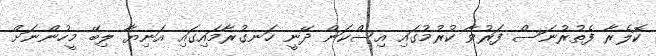
ކޮލެރާ ފެތުރުނަސް ފަރުވާ ކުރުމުގައި އިސްކަން ދޭނީ ހަނގުރާމައިގައި އަނިޔާ ލިބޭ މީހުންނަށް